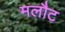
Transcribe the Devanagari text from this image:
मलौट